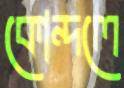
কোন্দলে